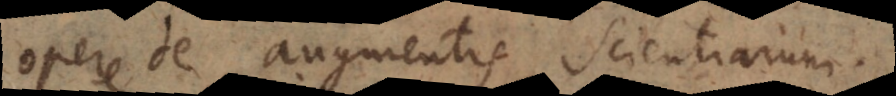
opere De augmentis Scientiarum.